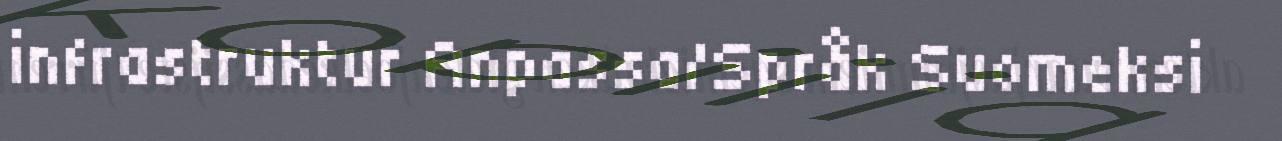
infrastruktur Anpassa/Språk Suomeksi